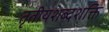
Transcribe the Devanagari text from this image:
तृतीयशब्दशक्ति